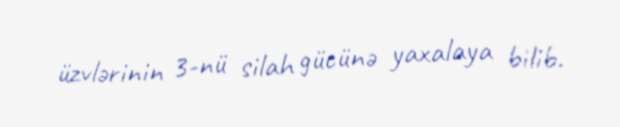
üzvlərinin 3-nü silah gücünə yaxalaya bilib.